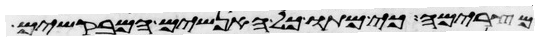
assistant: מצרימה כי מתו כל האנשים המבקשים